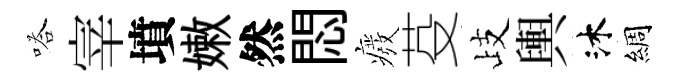
嗒宰墳嫩然悶癈芟歧輿沐綢